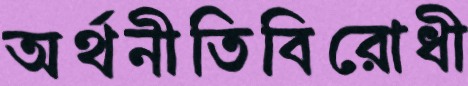
অর্থনীতিবিরোধী